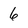
Character: 6